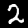
Digit: 2